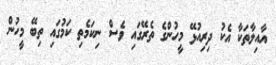
އާއިލާތަކާ އެކު ދިރިއުޅޭ މީހުންގެ ތެރޭގައި ވެސް ނިކަމެތި ކަމުގައި ތިބޭ މީހުން